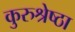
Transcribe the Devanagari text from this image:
कुरुश्रेष्ठा